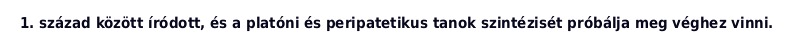
1. század között íródott, és a platóni és peripatetikus tanok szintézisét próbálja meg véghez vinni.